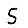
Digit: 5